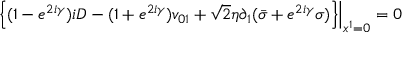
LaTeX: \left. \left\{ ( 1 - e ^ { 2 i \gamma } ) i D - ( 1 + e ^ { 2 i \gamma } ) v _ { 0 1 } + { \sqrt 2 } \eta \partial _ { 1 } ( { \bar { \sigma } } + e ^ { 2 i \gamma } \sigma ) \right\} \right| _ { x ^ { 1 } = 0 } = 0